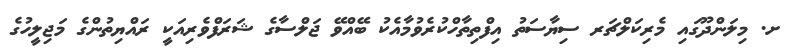
ށ. މިލަންދޫގައި މެރިކަލްޗަރ ސިޔާސަތު އިފްތިތާހްކުރެވުމާއެކު ބޭއްވޭ ޖަލްސާގެ ޝަރަފްވެރިއަކީ ރައްޔިތުންގެ މަޖިލީހުގެ